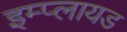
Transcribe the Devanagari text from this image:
इम्प्लायड